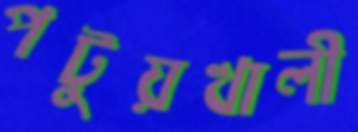
পটুয়খালী